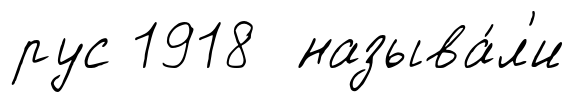
рус 1918 называ́л'и